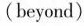
(beyond)